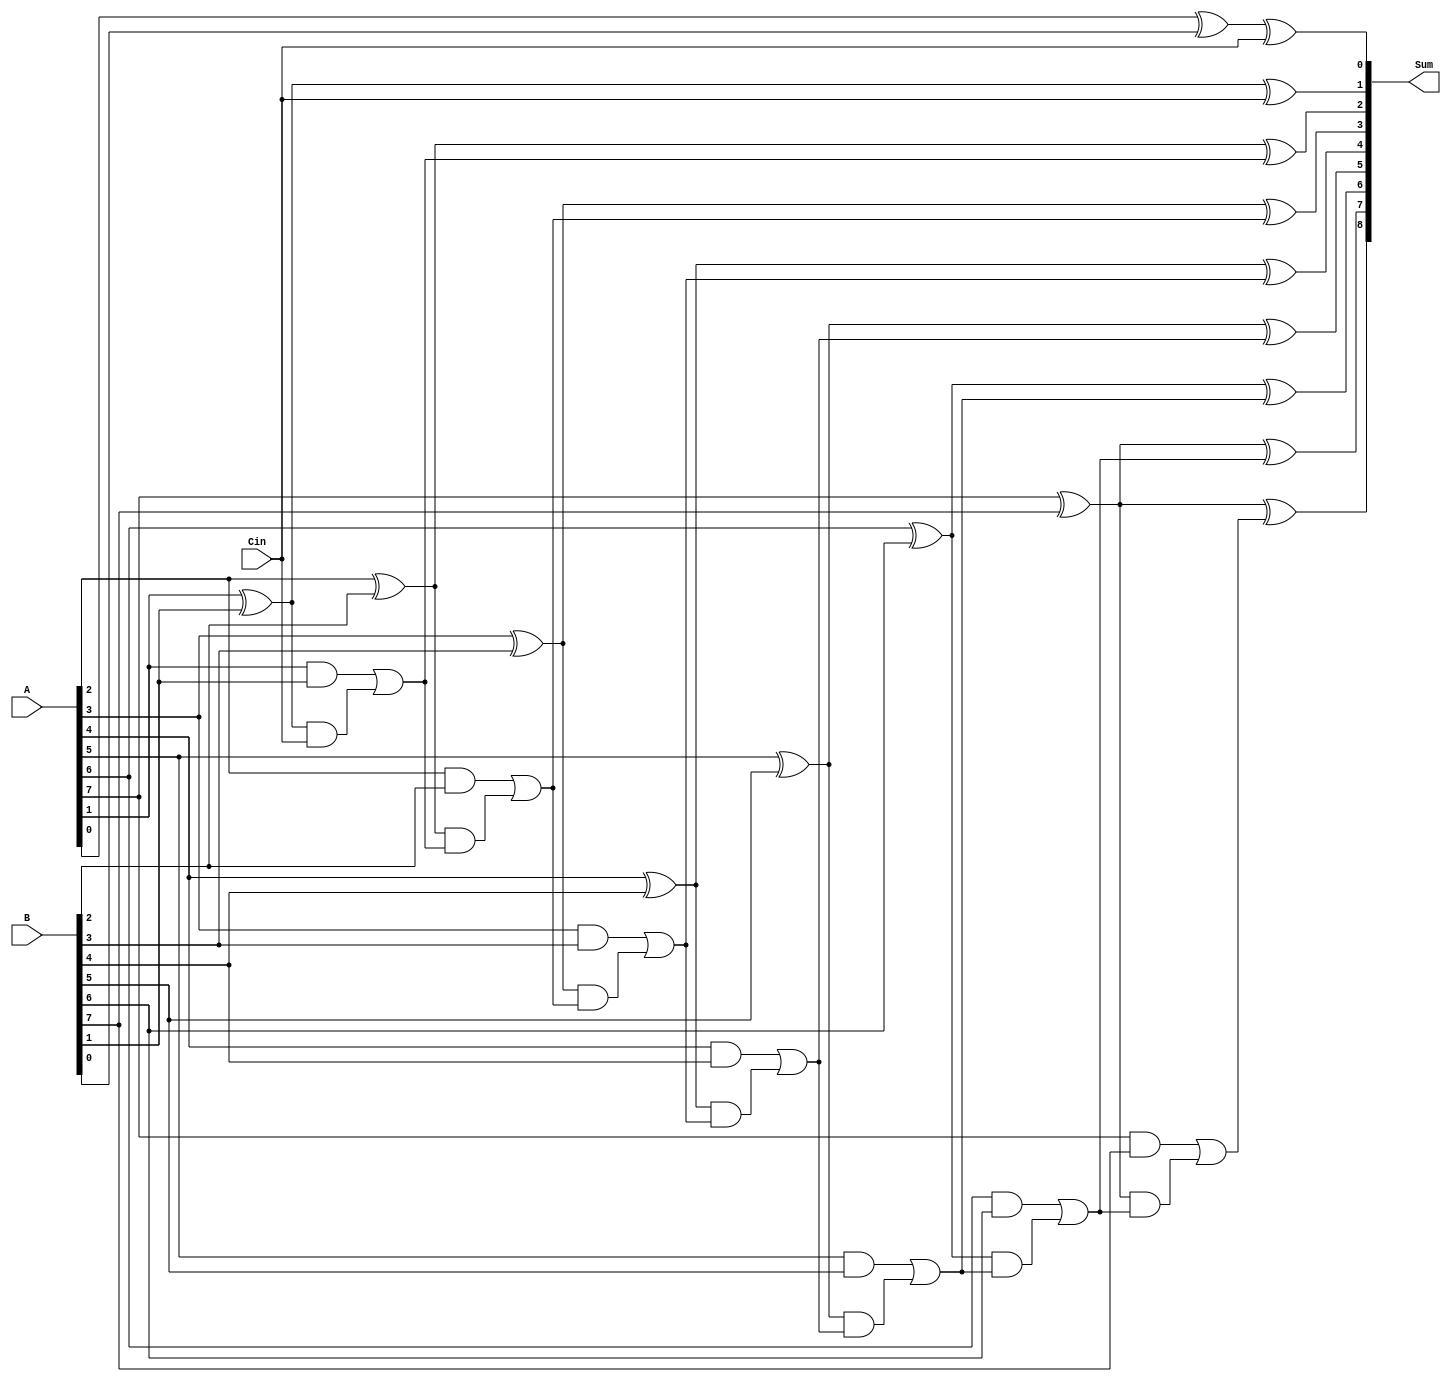
module carry_skip_adder(
    input wire [7:0] A,
    input wire [7:0] B,
    input wire Cin,
    output wire [8:0] Sum
);

wire [7:0] P, G, C;

// Carry generation and propagation for each block
assign P[0] = A[0] ^ B[0];
assign G[0] = A[0] & B[0];
assign C[0] = Cin;
genvar i;
generate
    for (i=1; i<8; i=i+1) begin : carry_lookahead
        assign P[i] = A[i] ^ B[i];
        assign G[i] = A[i] & B[i];
        assign C[i] = G[i] | (P[i] & C[i-1]);
    end
endgenerate

// Carry-select logic and sum calculation
assign Sum[0] = A[0] ^ B[0] ^ Cin;
generate
    for (i=1; i<8; i=i+1) begin : carry_select
        assign Sum[i] = P[i] ^ C[i-1];
    end
endgenerate
assign Sum[8] = P[7] ^ C[7];

endmodule